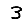
Digit: 3